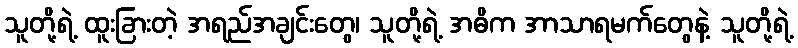
သူတို့ရဲ့ ထူးခြားတဲ့ အရည်အချင်းတွေ၊ သူတို့ရဲ့ အဓိက အာသာရမက်တွေနဲ့ သူတို့ရဲ့